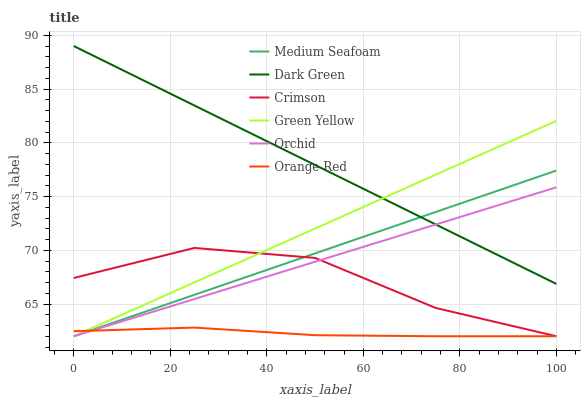
| xaxis_label | Medium Seafoam | Dark Green | Crimson | Green Yellow | Orchid | Orange Red |
 | --- | --- | --- | --- | --- | --- | --- |
 | 0 | 62 | 89 | 67.4 | 62 | 62 | 62.5 |
 | 25 | 65.9 | 83.5 | 70.2 | 67 | 65.5 | 62.8 |
 | 50 | 69.7 | 77.9 | 69.3 | 72 | 68.9 | 62.1 |
 | 75 | 73.6 | 72.4 | 64.6 | 77 | 72.4 | 62 |
 | 100 | 77.4 | 66.9 | 62 | 82 | 75.9 | 62 |